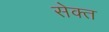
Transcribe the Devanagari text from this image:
सेक्त